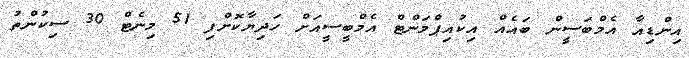
އިންޑިއާ އެމްބަސީން ބައެއް އިކުއިޕްމަންޓް އެމްބީސީއަށް ހަދިޔާކޮށްފި 51 މިނެޓް 30 ސިކުންތު